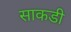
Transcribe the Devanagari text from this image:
साकडी